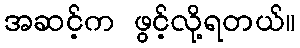
အဆင့်က ဖွင့်လို့ရတယ်။